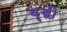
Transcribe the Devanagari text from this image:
वॄद्धी